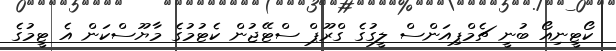
ކޯޓީނިއޯ ބުނީ ޗެމްޕިއަންސް ލީގުގެ ގްރޫޕް ސްޓޭޖުން ކެޓުމުގެ މާޔޫސްކަން އެ ޓީމުގެ